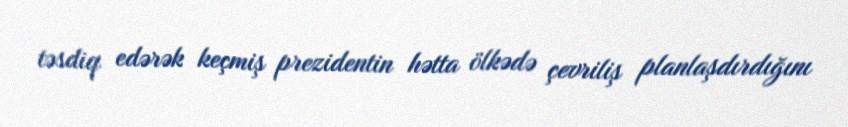
təsdiq edərək keçmiş prezidentin hətta ölkədə çevriliş planlaşdırdığını